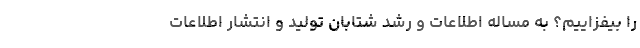
را بیفزاییم؟ به مساله اطلاعات و رشد شتابان تولید و انتشار اطلاعات